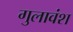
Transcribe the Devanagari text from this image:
गुलावंश